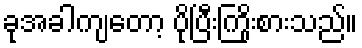
ခုအခါကျတော့ ပိုပြီးကြိုးစားသည်။